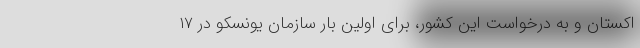
اکستان و به درخواست این کشور، برای اولین بار سازمان یونسکو در ۱۷